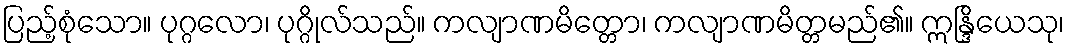
ပြည့်စုံသော။ ပုဂ္ဂလော၊ ပုဂ္ဂိုလ်သည်။ ကလျာဏမိတ္တော၊ ကလျာဏမိတ္တမည်၏။ ဣန္ဒြိယေသု၊